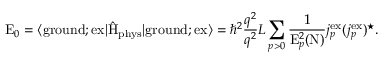
\mathrm { E } _ { 0 } = \langle \mathrm { g r o u n d } ; \mathrm { e x } | \hat { \mathrm { H } } _ { \mathrm { p h y s } } | \mathrm { g r o u n d } ; \mathrm { e x } \rangle = { \hbar } ^ { 2 } \frac { q ^ { 2 } } { q ^ { 2 } } { L } \sum _ { p > 0 } \frac { 1 } { \mathrm { E } _ { p } ^ { 2 } ( \mathrm { N } ) } j _ { p } ^ { \mathrm { e x } } ( j _ { p } ^ { \mathrm { e x } } ) ^ { \star } .